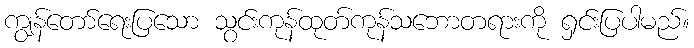
ကျွန်တော်ရေးပြသော သွင်းကုန်ထုတ်ကုန်သဘောတရားကို ရှင်းပြပါမည်။